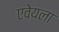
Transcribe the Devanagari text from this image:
एवेयला